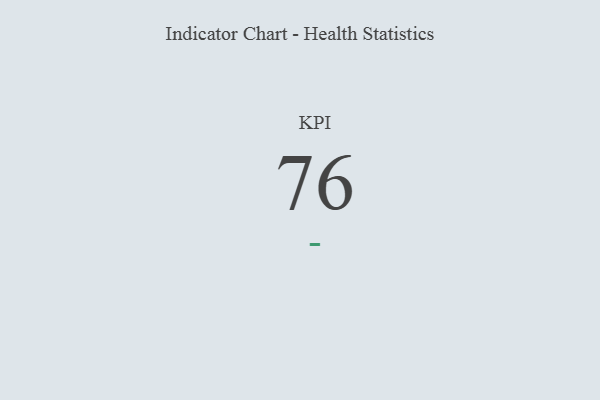
{"axis": {"x": "KPI", "y": "Value"}, "legend": [""], "data": [{"x": "KPI", "y": 76, "type": ""}]}